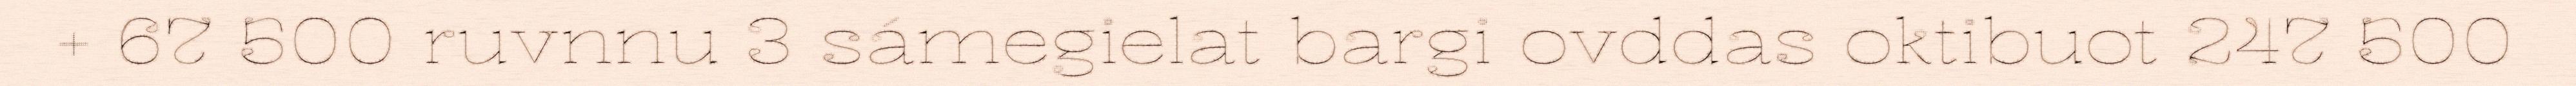
+ 67 500 ruvnnu 3 sámegielat bargi ovddas oktibuot 247 500